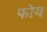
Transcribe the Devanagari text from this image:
फोय